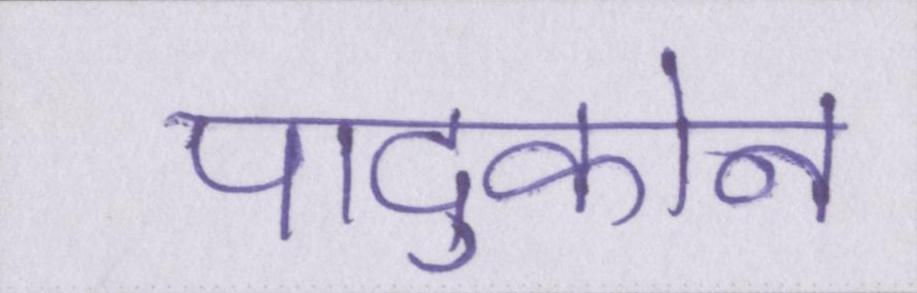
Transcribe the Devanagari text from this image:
पादुकोन